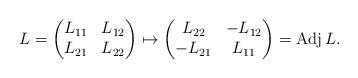
LaTeX: \begin{align*}L=\begin{pmatrix}L_{11}&L_{12}\\ L_{21}&L_{22}\end{pmatrix}\mapsto\begin{pmatrix}L_{22}&-L_{12}\\-L_{21}&L_{11}\end{pmatrix}=\operatorname{Adj}L.\end{align*}